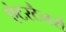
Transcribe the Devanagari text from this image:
एंटरटैनर्स